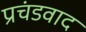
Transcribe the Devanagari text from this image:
प्रचंडवाद